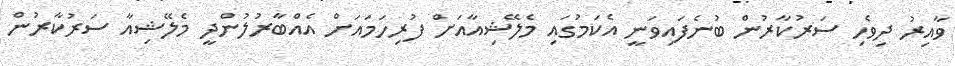
ވާއިރު ދިވެހި ސަރުކާރުން ބުނެފައިވަނީ އެކަމުގައި މެލޭޝިއާއަށް ފުރިހަމައަށް އެއްބާރުުލުންދީ މެލޭޝިއާ ސަރުކާރުން